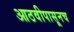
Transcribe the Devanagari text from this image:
आठवीपासूनच